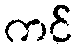
ကင်